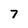
Character: 7